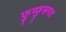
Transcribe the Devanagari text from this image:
फुप्फुसगत